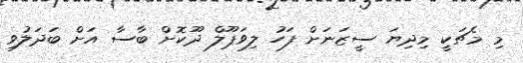
މި މެޗަކީ މިދިޔަ ސީޒަނަށް ފަހު ލިވަޕޫލް ދޫކޮށް ބާސާ އަށް ބަދަލުވި